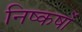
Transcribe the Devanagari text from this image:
निष्कषों